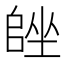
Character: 𡏩